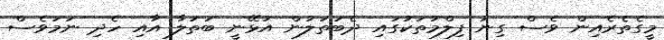
މީގެތެރެއިން ވެސް ގިނަ ފިލްމުތަކުގައި ދެބަތަލުން އުޅޭނީ ބަތަލާ އާއި ހެދި ނަމަވެސް